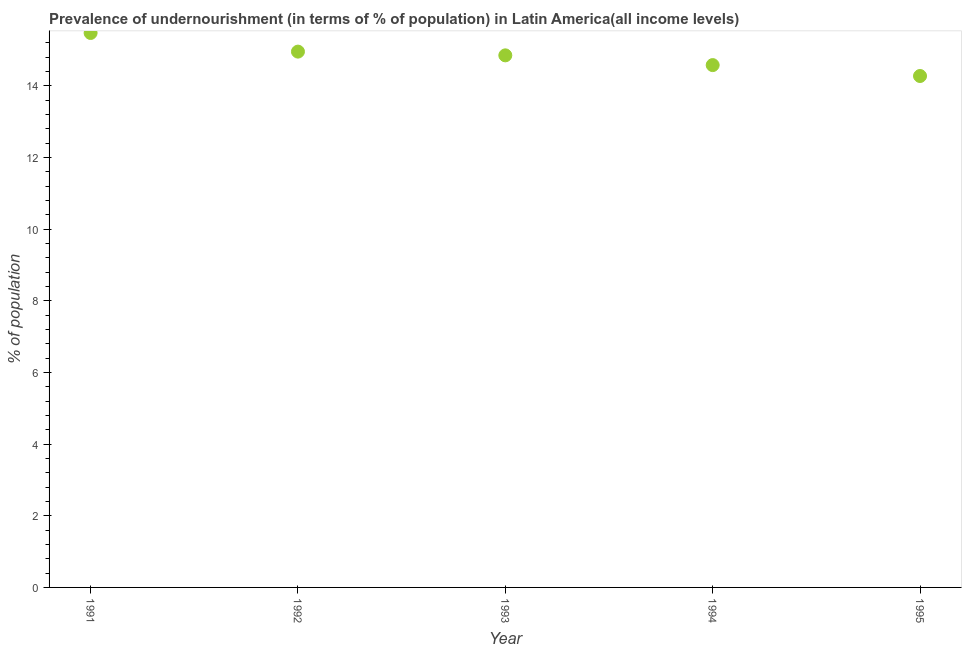
| Year | Prevalence of undernourishment |
 | --- | --- |
 | 1991 | 15.5 |
 | 1992 | 15 |
 | 1993 | 14.9 |
 | 1994 | 14.6 |
 | 1995 | 14.3 |